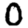
Digit: 0